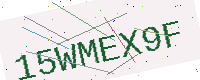
Text: 15WMEX9F